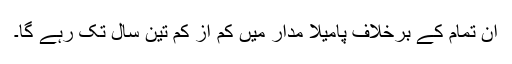
ان تمام کے برخلاف پامیلا مدار میں کم از کم تین سال تک رہے گا۔